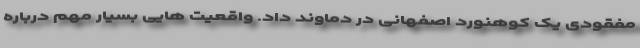
مفقودی یک کوهنورد اصفهانی در دماوند داد. واقعیت هایی بسیار مهم درباره